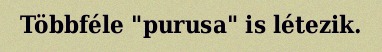
Többféle "purusa" is létezik.